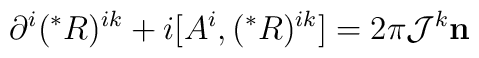
\partial^i(^*R)^{ik} + i [A^i,(^*R)^{ik}]  =  2\pi {\cal J}^k {\bf n}